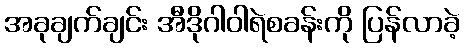
အခုချက်ချင်း အီဒိုဂါဝါရဲစခန်းကို ပြန်လာခဲ့